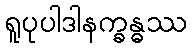
ရူပုပါဒါနက္ခန္ဓဿ